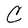
Character: C